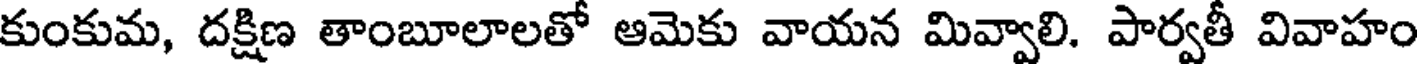
కుంకుమ, దక్షిణ తాంబూలాలతో ఆమెకు వాయన మివ్వాలి. పార్వతీ వివాహం